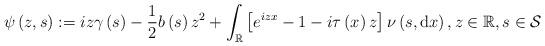
LaTeX: \begin{align*}\psi \left( z,s\right) :=iz\gamma \left( s\right) -\frac{1}{2}b\left(s\right) z^{2}+\int_{\mathbb{R}}\left[ e^{izx}-1-i\tau \left( x\right) z\right] \nu \left( s,\mathrm{d}x\right) ,z\in \mathbb{R},s\in \mathcal{S} \end{align*}